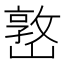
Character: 𡼖